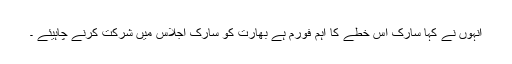
انہوں نے کہا سارک اس خطے کا اہم فورم ہے بھارت کو سارک اجلاس میں شرکت کرنے چاہیئے ۔